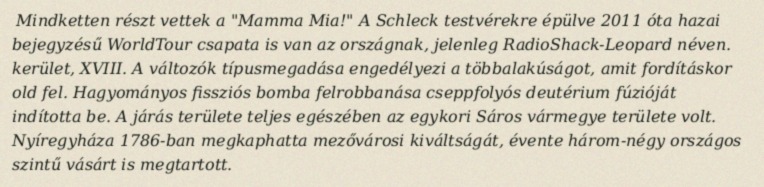
Mindketten részt vettek a "Mamma Mia!" A Schleck testvérekre épülve 2011 óta hazai bejegyzésű WorldTour csapata is van az országnak, jelenleg RadioShack-Leopard néven. kerület, XVIII. A változók típusmegadása engedélyezi a többalakúságot, amit fordításkor old fel. Hagyományos fissziós bomba felrobbanása cseppfolyós deutérium fúzióját indította be. A járás területe teljes egészében az egykori Sáros vármegye területe volt. Nyíregyháza 1786-ban megkaphatta mezővárosi kiváltságát, évente három-négy országos szintű vásárt is megtartott.